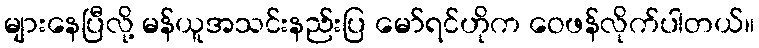
များနေပြီလို့ မန်ယူအသင်းနည်းပြ မော်ရင်ဟိုက ဝေဖန်လိုက်ပါတယ်။